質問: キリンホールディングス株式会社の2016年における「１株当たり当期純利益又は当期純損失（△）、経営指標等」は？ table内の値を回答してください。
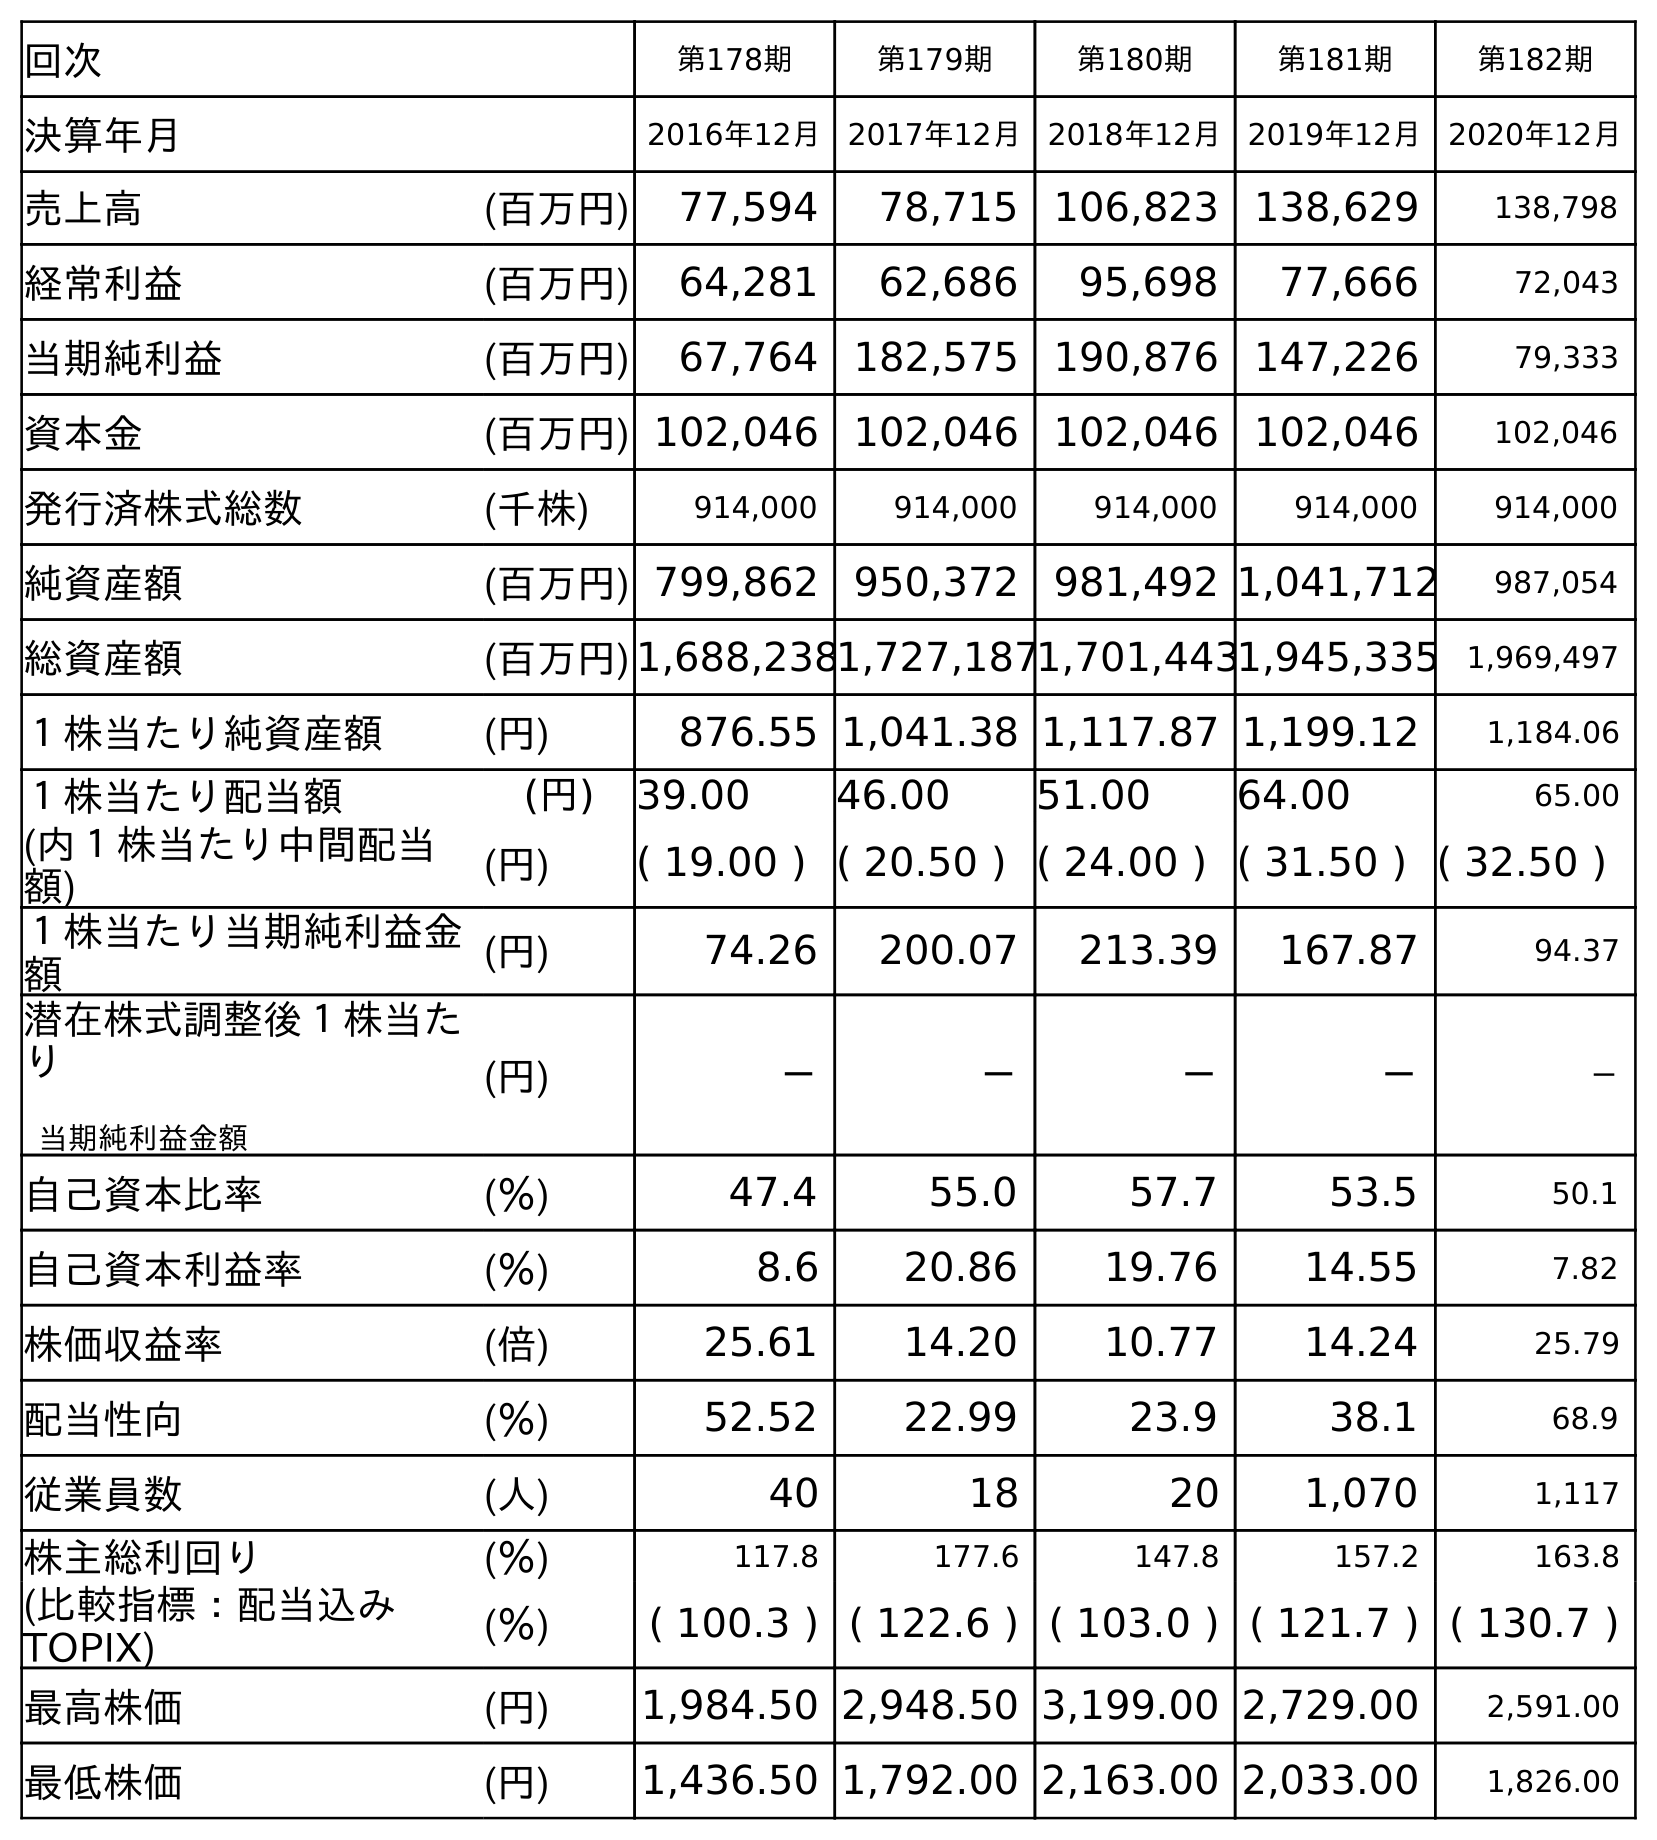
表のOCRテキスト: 回次 第178期 第179期 第180期 第181期 第182期 決算年月 2016年12月 2017年12月 2018年12月 2019年12月 2020年12月 売上高 (百万円) 77,594 78,715 106,823 138,629 138,798 経常利益 (百万円) 64,281 62,686 95,698 77,666 72,043 当期純利益 (百万円) 67,764 182,575 190,876 147,226 79,333 資本金 (百万円) 102,046 102,046 102,046 102,046 102,046 発行済株式総数 (千株) 914,000 914,000 914,000 914,000 914,000 純資産額 (百万円) 799,862 950,372 981,492 1,041,712 987,054 総資産額 (百万円)1,688,2381,727,1871,701,4431,945,335 1,969,497 １株当たり純資産額 (円) 876.55 1,041.38 1,117.87 1,199.12 1,184.06 １株当たり配当額 (円) 39.00 46.00 51.00 64.00 65.00 (内１株当たり中間配当 額) (円) ( 19.00 ) ( 20.50 ) ( 24.00 ) ( 31.50 ) ( 32.50 ) １株当たり当期純利益金 額 (円) 74.26 200.07 213.39 167.87 94.37 潜在株式調整後１株当た り 当期純利益金額 (円) － － － － － 自己資本比率 (％) 47.4 55.0 57.7 53.5 50.1 自己資本利益率 (％) 8.6 20.86 19.76 14.55 7.82 株価収益率 (倍) 25.61 14.20 10.77 14.24 25.79 配当性向 (％) 52.52 22.99 23.9 38.1 68.9 従業員数 (人) 40 18 20 1,070 1,117 株主総利回り (％) 117.8 177.6 147.8 157.2 163.8 (比較指標：配当込み TOPIX) (％) ( 100.3 ) ( 122.6 ) ( 103.0 ) ( 121.7 ) ( 130.7 ) 最高株価 (円) 1,984.50 2,948.50 3,199.00 2,729.00 2,591.00 最低株価 (円) 1,436.50 1,792.00 2,163.00 2,033.00 1,826.00
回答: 74.26